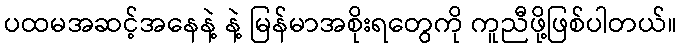
ပထမအဆင့်အနေနဲ့ နဲ့ မြန်မာအစိုးရတွေကို ကူညီဖို့ဖြစ်ပါတယ်။